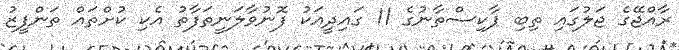
ރާއްޖޭގެ ޖަލުގައި ތިބި ޕާކިސްތާނުގެ 11 ގައިދީއަކު ފޮނުވާލަނީތަފާތު އެކި ކުށްތައް ތަންފީޒު